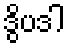
ဒွိပဒါ